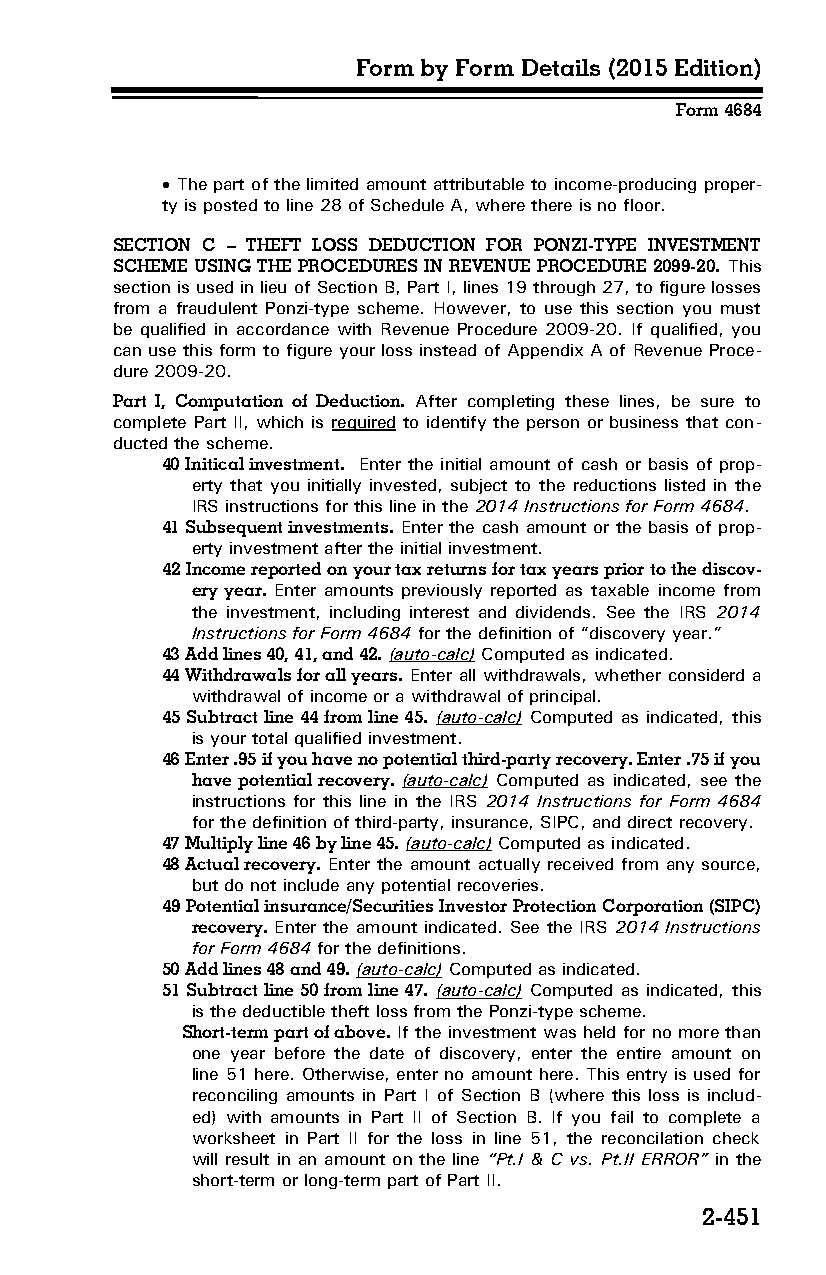
Form by Form Details (2015 Edition)
 Form 4684
  The part of the limited amount attributable to income-producing proper­
 ty is posted to line 28 of Schedule A, where there is no floor.
 SECTION C – THEFT LOSS DEDUCTION FOR PONZI-TYPE INVESTMENT
 SCHEME USING THE PROCEDURES IN REVENUE PROCEDURE 2099-20. This
 section is used in lieu of Section B, Part I, lines 19 through 27, to figure losses
 from a fraudulent Ponzi-type scheme. However, to use this section you must
 be qualified in accordance with Revenue Procedure 2009-20. If qualified, you
 can use this form to figure your loss instead of Appendix A of Revenue Proce­
 dure 2009-20.
 Part I, Computation of Deduction. After completing these lines, be sure to
 complete Part II, which is required to identify the person or business that con­
 ducted the scheme.
 40 Initical investment. Enter the initial amount of cash or basis of prop­
 erty that you initially invested, subject to the reductions listed in the
 IRS instructions for this line in the 2014 Instructions for Form 4684.
 41 Subsequent investments. Enter the cash amount or the basis of prop­
 erty investment after the initial investment.
 42 Income reported on your tax returns for tax years prior to the discov­
 ery year. Enter amounts previously reported as taxable income from
 the investment, including interest and dividends. See the IRS 2014
 Instructions for Form 4684 for the definition of “discovery year.”
 43 Add lines 40, 41, and 42. (auto-calc) Computed as indicated.
 44 Withdrawals for all years. Enter all withdrawals, whether considerd a
 withdrawal of income or a withdrawal of principal.
 45 Subtract line 44 from line 45. (auto-calc) Computed as indicated, this
 is your total qualified investment.
 46 Enter .95 if you have no potential third-party recovery. Enter .75 if you
 have potential recovery. (auto-calc) Computed as indicated, see the
 instructions for this line in the IRS 2014 Instructions for Form 4684
 for the definition of third-party, insurance, SIPC, and direct recovery.
 47 Multiply line 46 by line 45. (auto-calc) Computed as indicated.
 48 Actual recovery. Enter the amount actually received from any source,
 but do not include any potential recoveries.
 49 Potential insurance/Securities Investor Protection Corporation (SIPC)
 recovery. Enter the amount indicated. See the IRS 2014 Instructions
 for Form 4684 for the definitions.
 50 Add lines 48 and 49. (auto-calc) Computed as indicated.
 51 Subtract line 50 from line 47. (auto-calc) Computed as indicated, this
 is the deductible theft loss from the Ponzi-type scheme.
 Short-term part of above. If the investment was held for no more than
 one year before the date of discovery, enter the entire amount on
 line 51 here. Otherwise, enter no amount here. This entry is used for
 reconciling amounts in Part I of Section B (where this loss is includ­
 ed) with amounts in Part II of Section B. If you fail to complete a
 worksheet in Part II for the loss in line 51, the reconcilation check
 will result in an amount on the line “Pt.I & C vs. Pt.II ERROR” in the
 short-term or long-term part of Part II.
 2-451